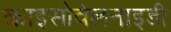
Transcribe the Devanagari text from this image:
क्राइसोवेलनाइडी